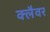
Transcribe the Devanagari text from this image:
क्लैवर